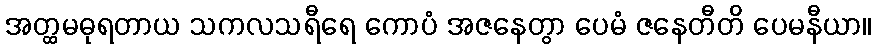
အတ္ထမဓုရတာယ သကလသရီရေ ကောပံ အဇနေတွာ ပေမံ ဇနေတီတိ ပေမနီယာ။